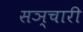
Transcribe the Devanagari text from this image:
सञ्चारी